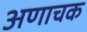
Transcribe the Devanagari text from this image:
अणाचक